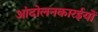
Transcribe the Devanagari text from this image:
आंदोलनकारईयों